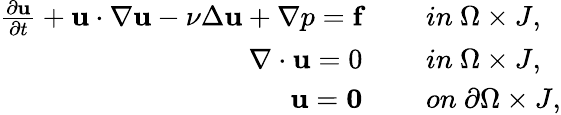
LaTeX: \begin{array}{rl}{\frac{\partial\textbf{u}}{\partial t}+\textbf{u}\cdot\nabla\textbf{u}-\nu\Delta\textbf{u}+\nabla p=\textbf{f}\quad}&{\ in\ \Omega\times J,}\\ {\nabla\cdot\textbf{u}=0\quad}&{\ in\ \Omega\times J,}\\ {\textbf{u}=\textbf{0}\quad}&{\ on\ \partial\Omega\times J,}\end{array}